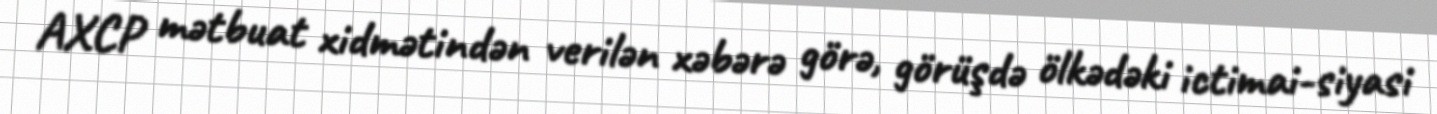
AXCP mətbuat xidmətindən verilən xəbərə görə, görüşdə ölkədəki ictimai-siyasi